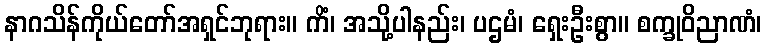
နာဂသိန်ကိုယ်တော်အရှင်ဘုရား။ ကိံ၊ အသို့ပါနည်း၊ ပဌမံ၊ ရှေးဦးစွာ။ စက္ခုဝိညာဏံ၊